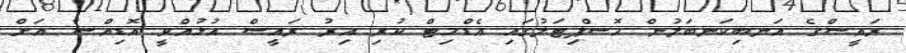
ރައީސްގެ އަނބިކަނބަލުން ހޮސްޕިޓަލުގައި އެޑްމިޓް ކުރި އިރު ރައީސް އުޅުއްވީ އޮޑިއްސާ އަށް